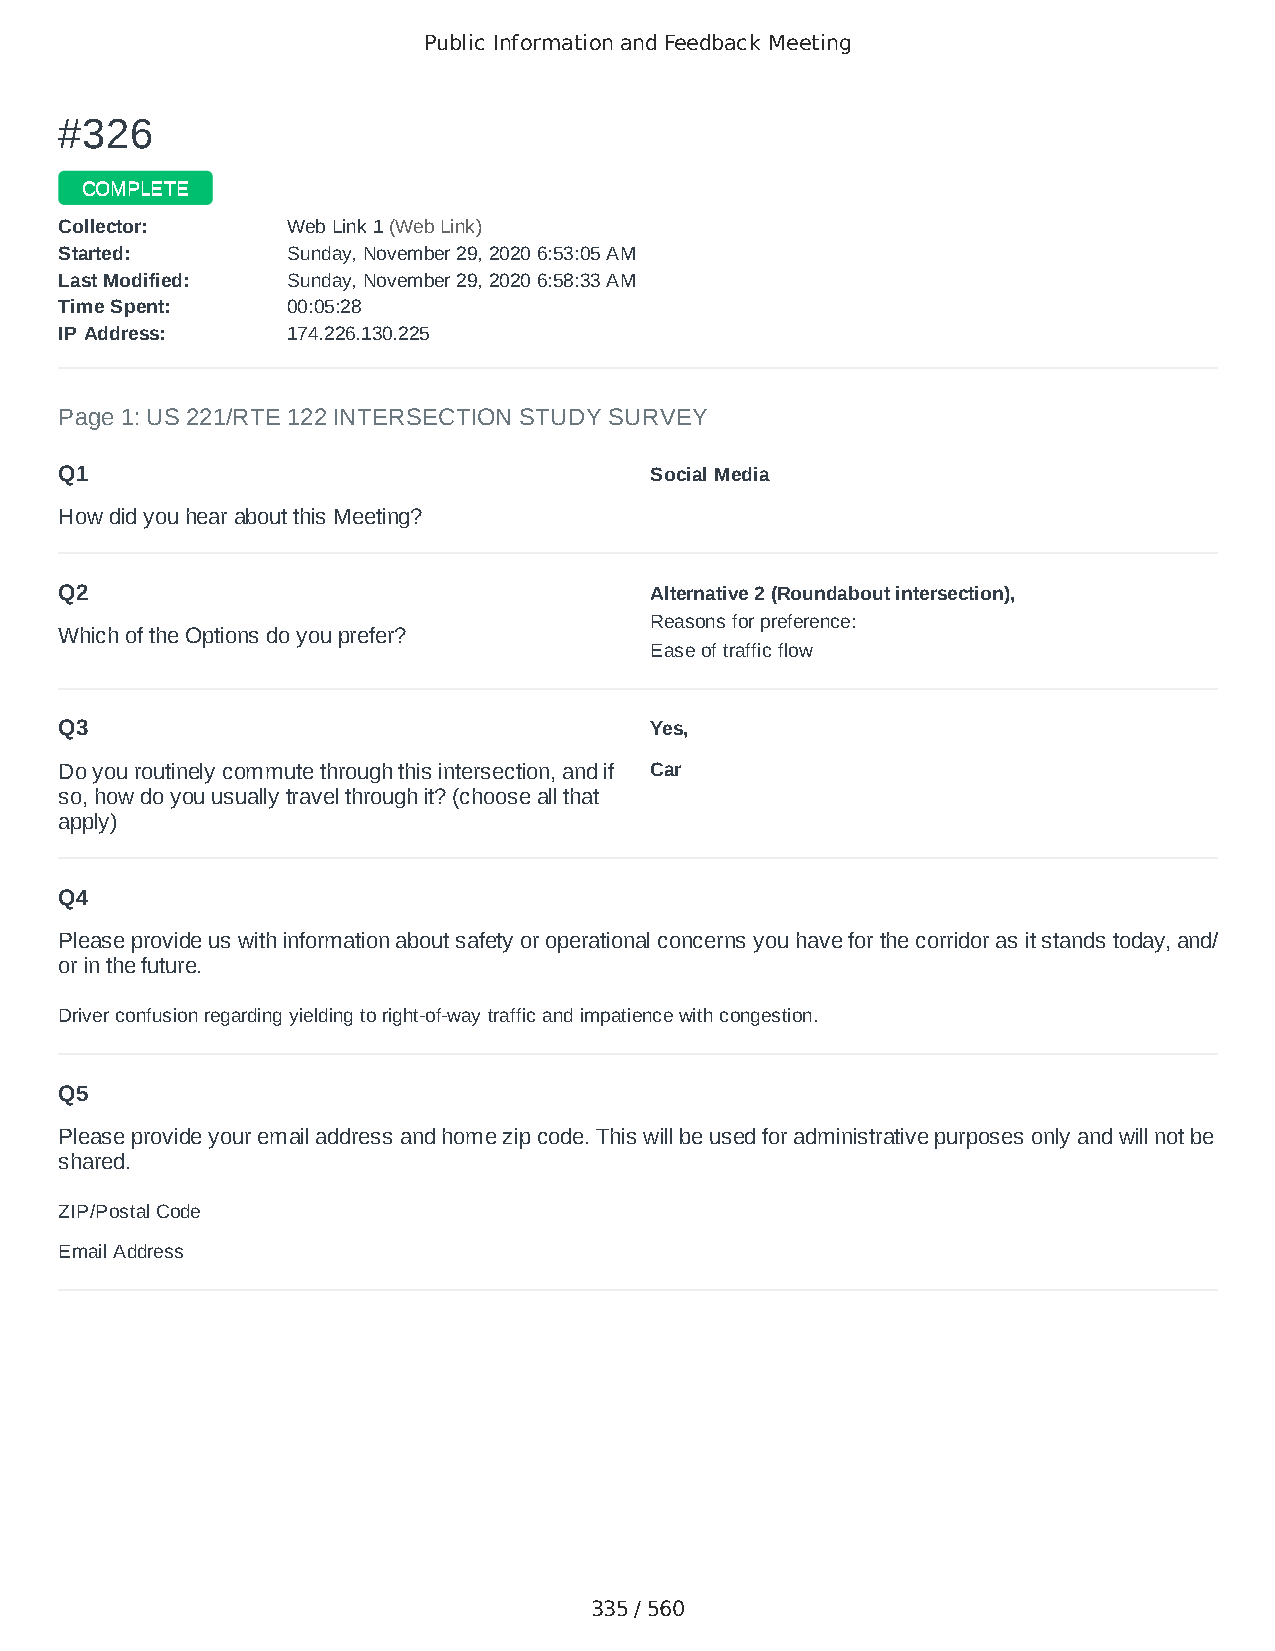
Public Information and Feedback Meeting
 ##332266
 CCOOMMPPLLEETTEE
 CCoolllleeccttoorr:: WWeebb LLiinnkk 11 ((WWeebb LLiinnkk))
 SSttaarrtteedd:: SSuunnddaayy,, NNoovveemmbbeerr 2299,, 22002200 66::5533::0055 AAMM
 LLaasstt MMooddiiffiieedd:: SSuunnddaayy,, NNoovveemmbbeerr 2299,, 22002200 66::5588::3333 AAMM
 TTiimmee SSppeenntt:: 0000::0055::2288
 IIPP AAddddrreessss:: 117744..222266..113300..222255
 Page 1: US 221/RTE 122 INTERSECTION STUDY SURVEY
 Q1                                     Social Media
 How did you hear about this Meeting?
 Q2                                     Alternative 2 (Roundabout intersection),
 Reasons for preference:
 Which of the Options do you prefer?
 Ease of traffic flow
 Q3                                     Yes,
 Do you routinely commute through this intersection, and if Car
 so, how do you usually travel through it? (choose all that
 apply)
 Q4
 Please provide us with information about safety or operational concerns you have for the corridor as it stands today, and/
 or in the future.
 Driver confusion regarding yielding to right-of-way traffic and impatience with congestion.
 Q5
 Please provide your email address and home zip code. This will be used for administrative purposes only and will not be
 shared.
 ZIP/Postal Code                        24523
 Email Address                          nanaroxy09@gmail.com
 335 / 560